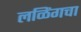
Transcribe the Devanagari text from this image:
लळिंगचा